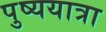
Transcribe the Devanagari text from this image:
पुष्ययात्रा